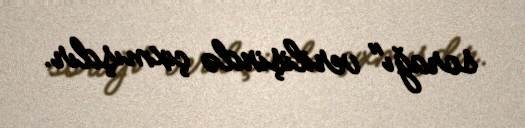
sorağı" verilişində çıxmışdır.